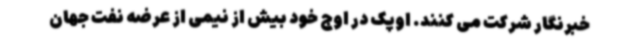
خبرنگار شرکت می کنند. اوپک در اوج خود بیش از نیمی از عرضه نفت جهان